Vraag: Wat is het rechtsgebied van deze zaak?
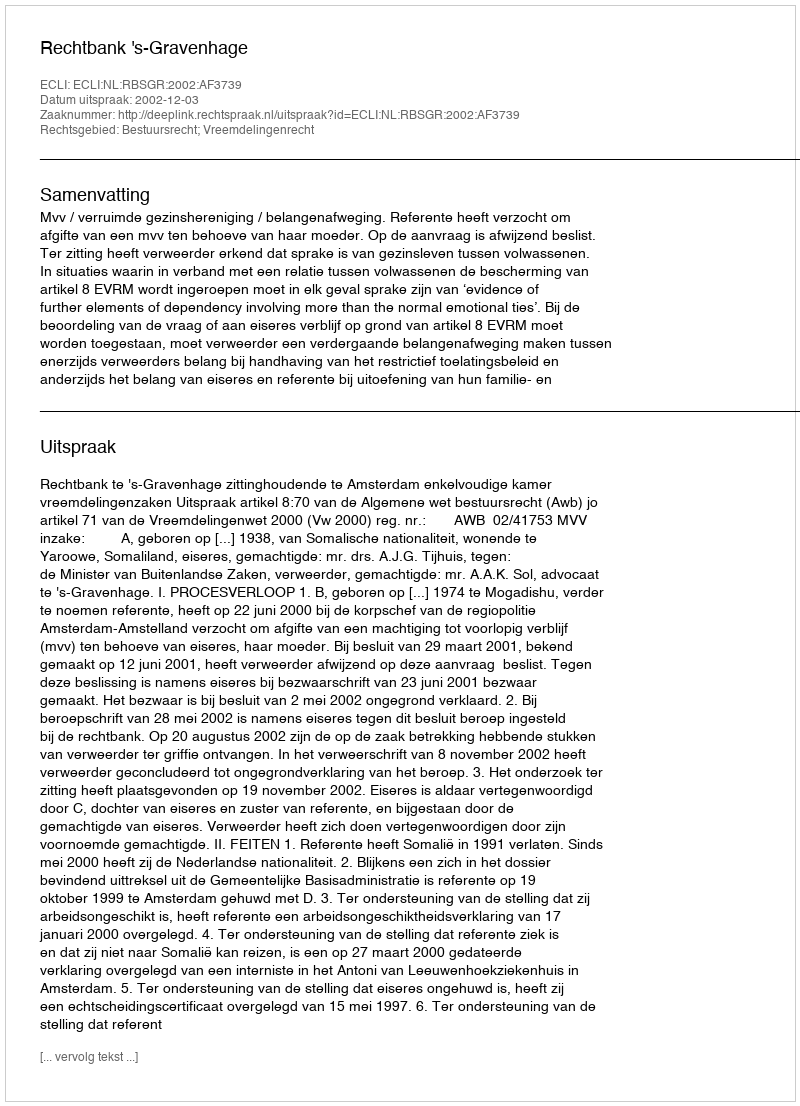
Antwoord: Bestuursrecht; Vreemdelingenrecht